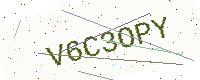
Text: V6C3OPY